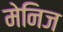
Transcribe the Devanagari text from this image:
मेनिज